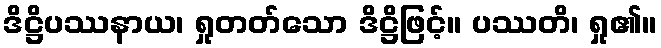
ဒိဋ္ဌိပဿနာယ၊ ရှုတတ်သော ဒိဋ္ဌိဖြင့်။ ပဿတိ၊ ရှု၏။